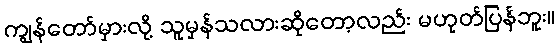
ကျွန်တော်မှားလို့ သူမှန်သလားဆိုတော့လည်း မဟုတ်ပြန်ဘူး။